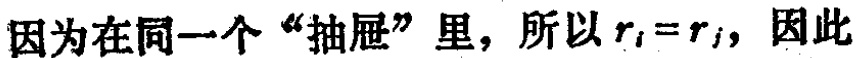
因为在同一个“抽屉”里，所以$r_{i}=r_{j}$，因此